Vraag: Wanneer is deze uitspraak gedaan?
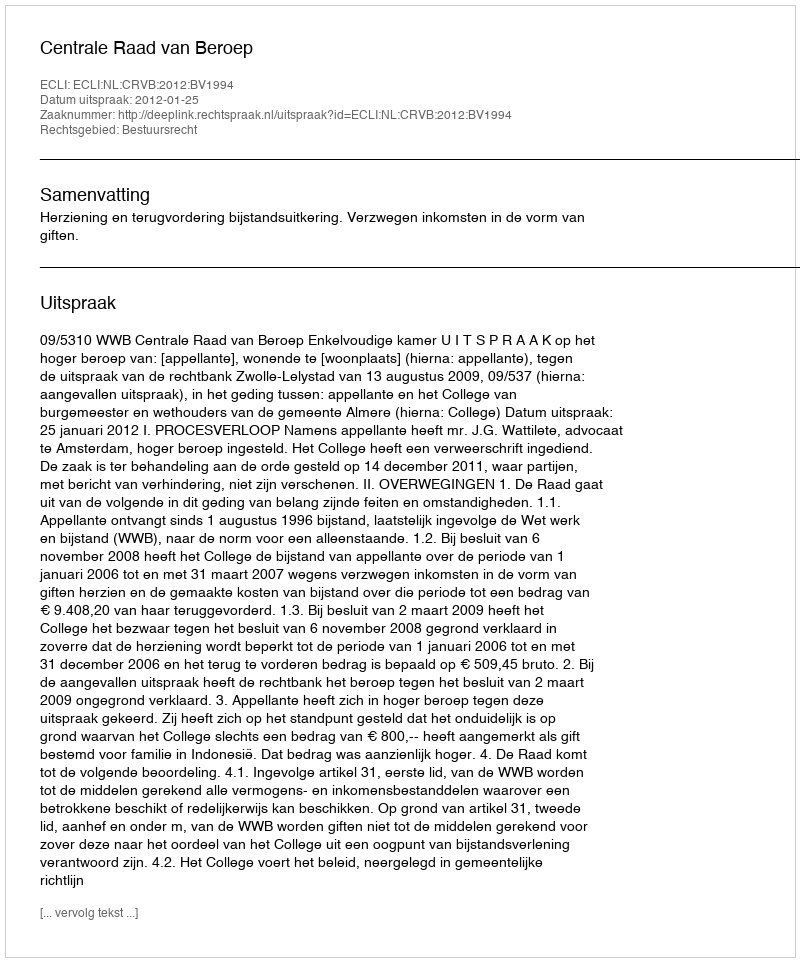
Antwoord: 2012-01-25